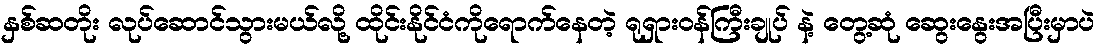
နှစ်ဆတိုး လုပ်ဆောင်သွားမယ်လို့ ထိုင်းနိုင်ငံကိုရောက်နေတဲ့ ရုရှားဝန်ကြီးချုပ် နဲ့ တွေ့ဆုံ ဆွေးနွေးအပြီးမှာပဲ